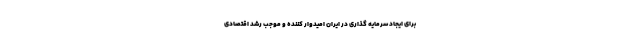
برای ایجاد سرمایه گذاری در ایران امیدوار کننده و موجب رشد اقتصادی